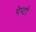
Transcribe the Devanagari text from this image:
पेप्टो